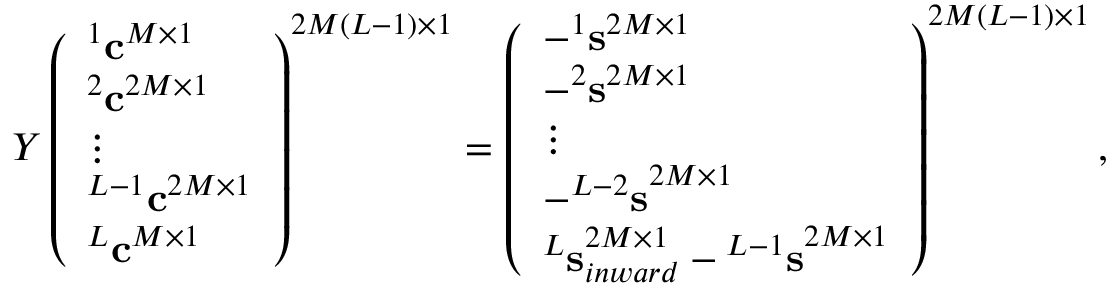
\begin{array} { r } { { \cal Y } \left( \begin{array} { l } { ^ 1 { \bf c } ^ { M \times 1 } } \\ { ^ 2 { \bf c } ^ { 2 M \times 1 } } \\ { \vdots } \\ { ^ { L - 1 } { \bf c } ^ { 2 M \times 1 } } \\ { ^ { L } { \bf c } ^ { M \times 1 } } \end{array} \right) ^ { 2 M ( L - 1 ) \times 1 } = \left( \begin{array} { l } { - ^ { 1 } { \bf s } ^ { 2 M \times 1 } } \\ { - ^ { 2 } { \bf s } ^ { 2 M \times 1 } } \\ { \vdots } \\ { - { ^ { L - 2 } { \bf s } } ^ { 2 M \times 1 } } \\ { { ^ L { \bf s } } _ { i n w a r d } ^ { 2 M \times 1 } - { ^ { L - 1 } { \bf s } } ^ { 2 M \times 1 } } \end{array} \right) ^ { 2 M ( L - 1 ) \times 1 } , } \end{array}